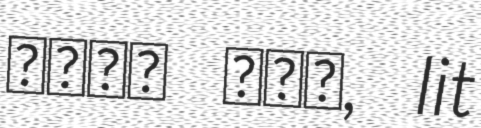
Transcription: נווה ארז, lit